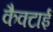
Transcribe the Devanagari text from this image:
कैक्टाई